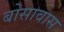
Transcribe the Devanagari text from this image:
बोसावास